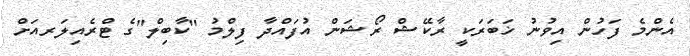
އެންމެ ފަހުން އިވުނު ޚަބަރަކީ ރާކޭޝް ރޯޝަން އުފައްދާ ފިލްމު "ކާބިލް"ގެ ޓްރެއިލަރއަށް